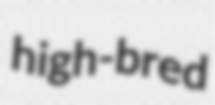
high-bred